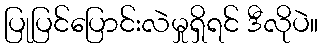
ပြုပြင်ပြောင်းလဲမှုရှိရင် ဒီလိုပဲ။